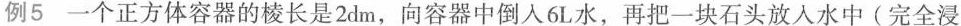
例5一个正方体容器的棱长是2dm，向容器中倒入6L水，再把一块石头放入水中(完全浸